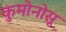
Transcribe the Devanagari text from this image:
कुमोनोसू